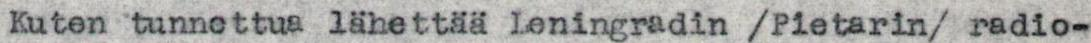
Kuten tunnettua lähettää Leningradin /Pietarin/ radio-